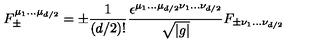
F _ { \pm } ^ { \mu _ { 1 } \ldots \mu _ { d / 2 } } = \pm \frac { 1 } { ( d / 2 ) ! } \frac { \epsilon ^ { \mu _ { 1 } \ldots \mu _ { d / 2 } \nu _ { 1 } \ldots \nu _ { d / 2 } } } { \sqrt { | g | } } F _ { \pm \nu _ { 1 } \ldots \nu _ { d / 2 } }